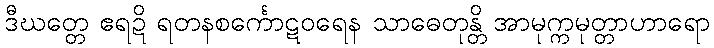
ဒီဃတ္တေ ဧရဍိ ရတနစင်္ကောဋဝရေန သာဓေတုန္တိ အာမုက္ကမုတ္တာဟာရော